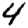
Digit: 4